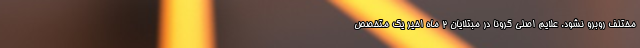
مختلف روبرو نشود. علایم اصلی کرونا در مبتلایان 2 ماه اخیر یک متخصص